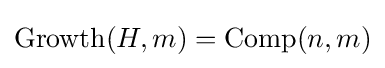
\operatorname {Growth} (H,m)=\operatorname {Comp} (n,m)